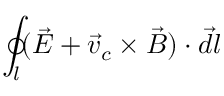
\oint _ { l } ( \vec { E } + \vec { v } _ { c } \times \vec { B } ) \cdot \vec { d l }